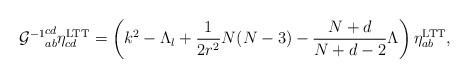
LaTeX: \begin{align*}{{\cal G}^{-1}}^{cd}_{ab}\eta^{\rm LTT}_{cd}=\left(k^{2}-\Lambda_{l}+\frac{1}{2r^{2}}N(N-3)-\frac{N+d}{N+d-2}\Lambda\right)\eta^{\rm LTT}_{ab},\end{align*}